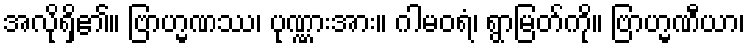
အလိုရှိ၏။ ဗြာဟ္မဏဿ၊ ပုဏ္ဏားအား။ ဂါမဝရံ၊ ရွာမြတ်ကို။ ဗြာဟ္မဏီယာ၊